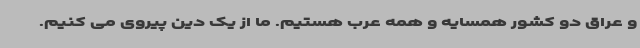
و عراق دو کشور همسایه و همه عرب هستیم. ما از یک دین پیروی می کنیم.